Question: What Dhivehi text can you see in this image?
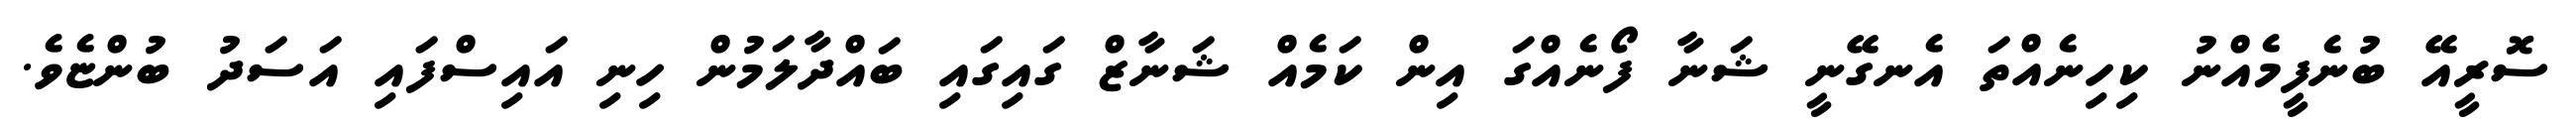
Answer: ސޮރީއޭ ބުނެފީމެއްނު ކިހިނެއްތަ އެނގޭނީ ޝަނާ ފޯނެއްގަ އިން ކަމެއް ޝަނާޒް ގައިގައި ބައްދާލަމުން ހިނި އައިސްފައި އަސަދު ބުންޏެވެ.